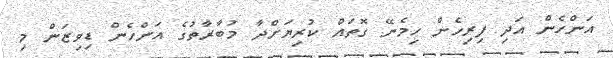
އަންހެން އަދި ފިރިހެން ހިމެނޭ ގޮތައް ކުރިޔަށްދާ މުބާރާތުގެ އަންހެން ޑިވިޒަން މި